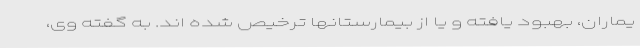
یماران، بهبود یافته و یا از بیمارستانها ترخیص شده اند. به گفته وی،